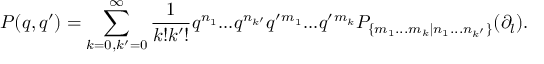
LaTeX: P ( q , q ^ { \prime } ) = \sum _ { k = 0 , k ^ { \prime } = 0 } ^ { \infty } \frac { 1 } { k ! k ^ { \prime } ! } q ^ { n _ { 1 } } . . . q ^ { n _ { k ^ { \prime } } } q ^ { \prime } { } ^ { m _ { 1 } } . . . q ^ { \prime } { } ^ { m _ { k } } P _ { \{ m _ { 1 } . . . m _ { k } | n _ { 1 } . . . n _ { k ^ { \prime } } \} } ( \partial _ { l } ) .